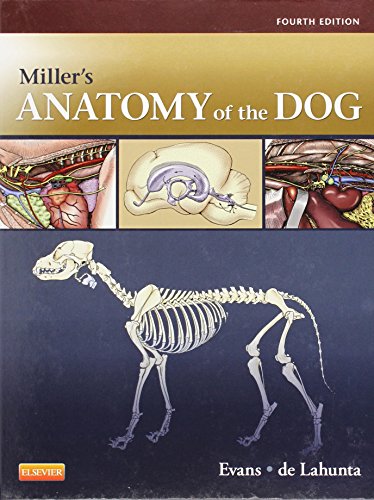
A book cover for Miller's Anatomy of the Dog, 4e; Howard E. Evans PhD; Medical Books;